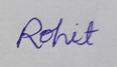
Signature authenticity: genuine